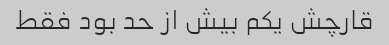
قارچش یکم بیش از حد بود فقط